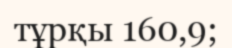
тұрқы 160,9;